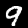
Digit: 9